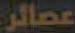
عصائر